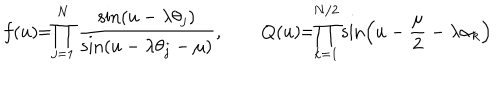
f ( u ) \! \! = \! \! \prod _ { j = 1 } ^ { N } \frac { \sin ( u - \lambda \theta _ { j } ) } { \sin ( u - \lambda \theta _ { j } - \mu ) } , \qquad Q ( u ) \! \! = \! \! \prod _ { k = 1 } ^ { N / 2 } \sin \left( u - \frac { \mu } { 2 } - \lambda \alpha _ { k } \right)